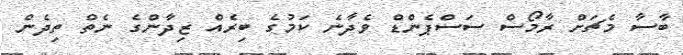
ބާސާ މެޗަށް ރާމޯސް ސަސްޕެންޑް ވެދާނެ ކަމުގެ ބިރެއް ޒިދާންގެ ނެތް ތިދެން